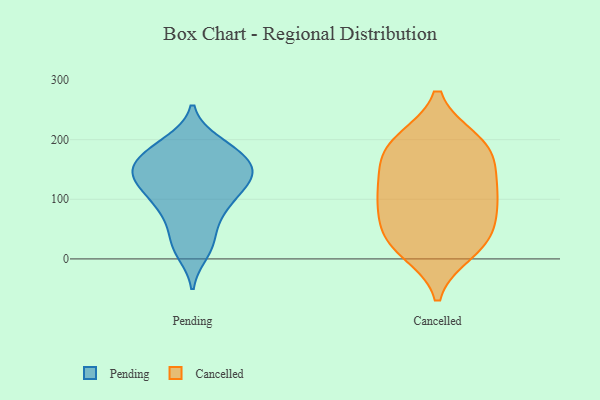
{"axis": {"x": "Customer Acquisition Cost (USD)", "y": "Value"}, "legend": ["Cancelled", "Pending"], "data": [{"x": "", "y": 87, "type": "Pending"}, {"x": "", "y": 150, "type": "Pending"}, {"x": "", "y": 34, "type": "Pending"}, {"x": "", "y": 113, "type": "Pending"}, {"x": "", "y": 122, "type": "Pending"}, {"x": "", "y": 80, "type": "Pending"}, {"x": "", "y": 138, "type": "Pending"}, {"x": "", "y": 187, "type": "Pending"}, {"x": "", "y": 151, "type": "Pending"}, {"x": "", "y": 118, "type": "Pending"}, {"x": "", "y": 180, "type": "Pending"}, {"x": "", "y": 195, "type": "Pending"}, {"x": "", "y": 12, "type": "Pending"}, {"x": "", "y": 183, "type": "Pending"}, {"x": "", "y": 149, "type": "Pending"}, {"x": "", "y": 145, "type": "Pending"}, {"x": "", "y": 23, "type": "Pending"}, {"x": "", "y": 78, "type": "Pending"}, {"x": "", "y": 154, "type": "Pending"}, {"x": "", "y": 189, "type": "Cancelled"}, {"x": "", "y": 30, "type": "Cancelled"}, {"x": "", "y": 124, "type": "Cancelled"}, {"x": "", "y": 113, "type": "Cancelled"}, {"x": "", "y": 72, "type": "Cancelled"}, {"x": "", "y": 13, "type": "Cancelled"}, {"x": "", "y": 171, "type": "Cancelled"}, {"x": "", "y": 198, "type": "Cancelled"}, {"x": "", "y": 156, "type": "Cancelled"}, {"x": "", "y": 93, "type": "Cancelled"}, {"x": "", "y": 28, "type": "Cancelled"}, {"x": "", "y": 196, "type": "Cancelled"}, {"x": "", "y": 100, "type": "Cancelled"}, {"x": "", "y": 39, "type": "Cancelled"}]}